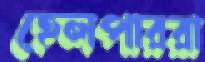
হেলপাররা